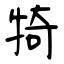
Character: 犄